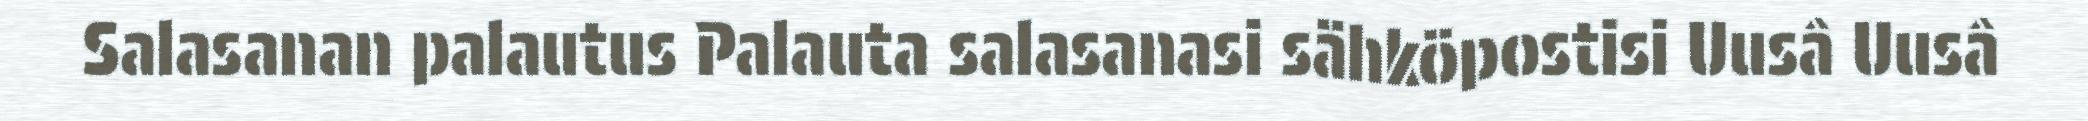
Salasanan palautus Palauta salasanasi sähköpostisi Uusâ Uusâ